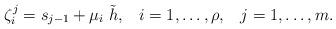
LaTeX: \begin{align*}\zeta_i^j = s_{j-1} + \mu_i \; \tilde h, \;\;\; i = 1, \ldots, \rho, \;\;\; j = 1, \ldots, m.\end{align*}